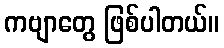
ကဗျာတွေ ဖြစ်ပါတယ်။